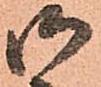
御